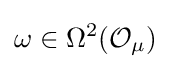
\omega \in \Omega ^{2}({\mathcal {O}}_{\mu })